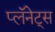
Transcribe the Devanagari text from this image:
प्लॅनेट्स